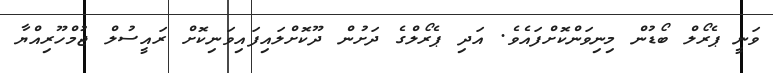
ވަނީ ޕެރޯލް ބޯޑުން މިނިވަންކޮށްފައެވެ. އަދި ޕެރޯލްގެ ދަށުން ދޫކޮށްލައިފައިވަނިކޮށް ރައީސުލް ޖުމްހޫރިއްޔާ